Lunatic asylums Bombay report 1878-1890 - 1878-1890
Year: 1878
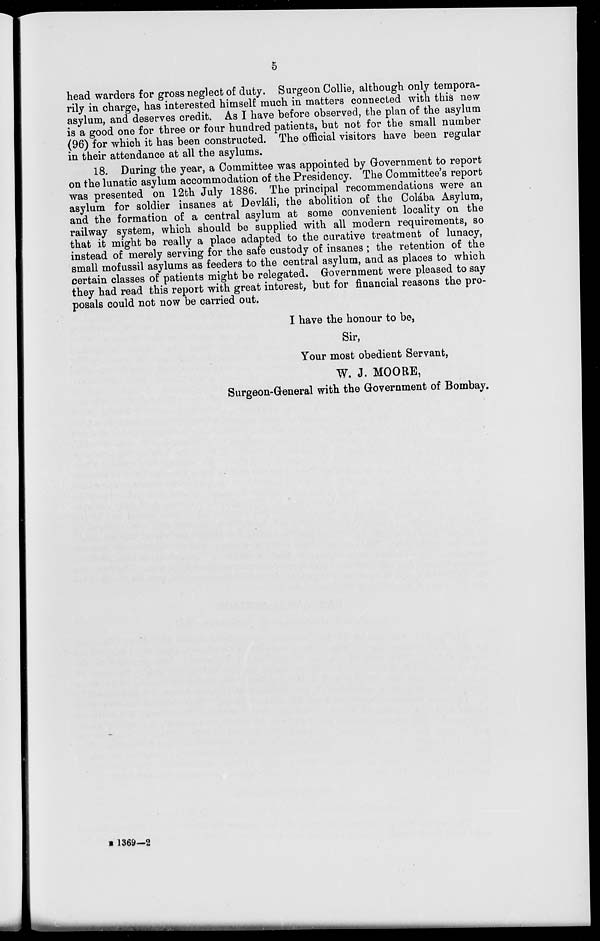
5
head warders for gross neglect of duty. Surgeon Collie, although only tempora-
rily in charge, has interested himself much in matters connected with this new
asylum, and deserves credit. As I have before observed, the plan of the asylum
is a good one for three or four hundred patients, but not for the small number
(96) for which it has been constructed. The official visitors have been regular
in their attendance at all the asylums.
18. During the year, a Committee was appointed by Government to report
on the lunatic asylum accommodation of the Presidency. The Committee's report
was presented on 12th July 1886. The principal recommendations were an
asylum for soldier insanes at Devláli, the abolition of the Colába Asylum,
and the formation of a central asylum at some convenient locality on the
railway system, which should be supplied with all modern requirements, so
that it might be really a place adapted to the curative treatment of lunacy,
instead of merely serving for the safe custody of insanes ; the retention of the
small mofussil asylums as feeders to the central asylum, and as places to which
certain classes of patients might be relegated. Government were pleased to say
they had read this report with great interest, but for financial reasons the pro-
posals could not now be carried out.
I have the honour to be,
Sir,
Your most obedient Servant,
W. J. MOORE,
Surgeon-General with the Government of Bombay.
B 1369—2